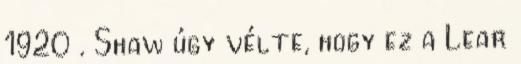
1920 . Shaw úgy vélte, hogy ez a Lear